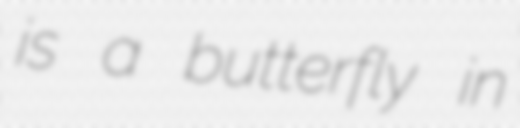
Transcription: is a butterfly in